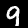
Digit: 9